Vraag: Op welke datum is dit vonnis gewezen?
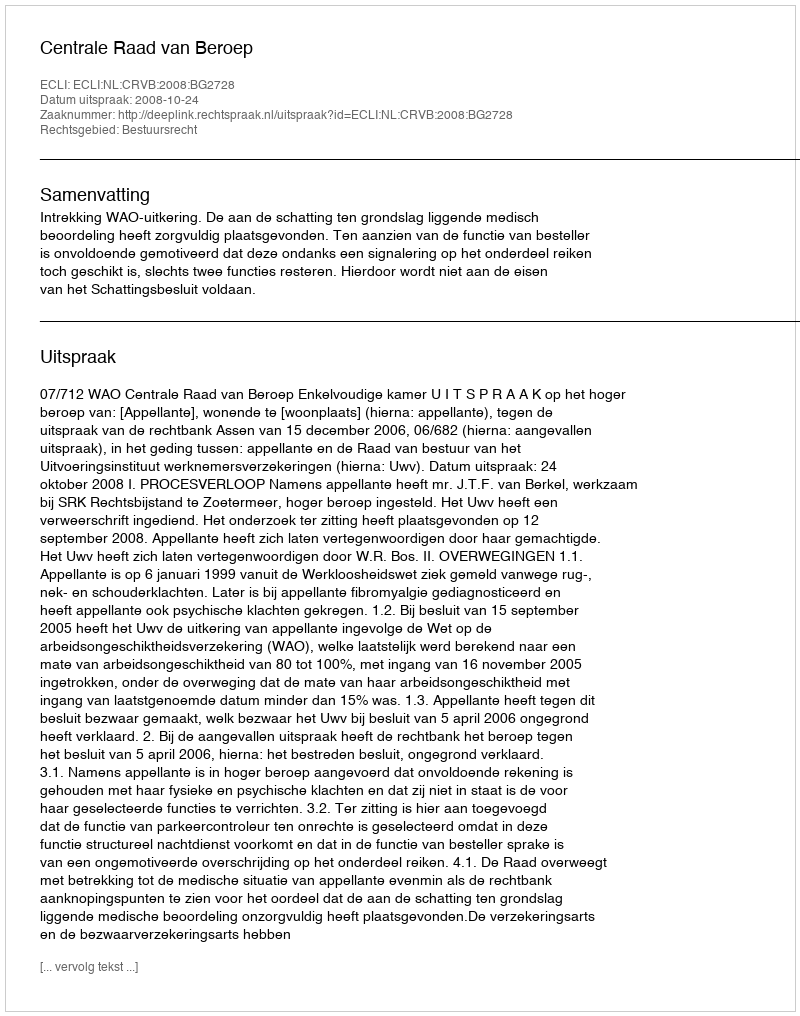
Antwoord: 2008-10-24